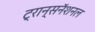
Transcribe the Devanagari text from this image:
ट्रान्सनॅशनल